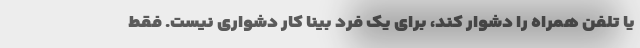
یا تلفن همراه را دشوار کند، برای یک فرد بینا کار دشواری نیست. فقط